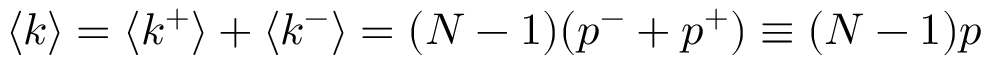
\langle k \rangle = \langle k ^ { + } \rangle + \langle k ^ { - } \rangle = ( N - 1 ) ( p ^ { - } + p ^ { + } ) \equiv ( N - 1 ) p